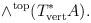
LaTeX: \begin{align*}\wedge^{\mathrm{top}}(T^{*}_{\mathrm{vert}}A).\end{align*}